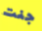
جنت